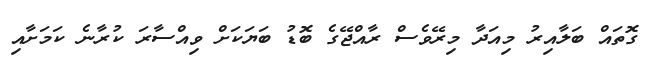
ގޮތައް ބަލާއިރު މިއަދާ މިރޭވެސް ރާއްޖޭގެ ބޮޑު ބަޔަކަށް ވިއްސާރަ ކުރާނެ ކަމަށާއި